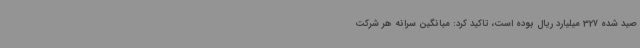
صید شده 327 میلیارد ریال بوده است، تاکید کرد: میانگین سرانه هر شرکت